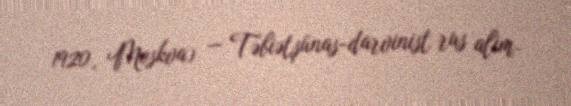
1920, Moskva) — Təbiətşünas-darvinist rus alim.